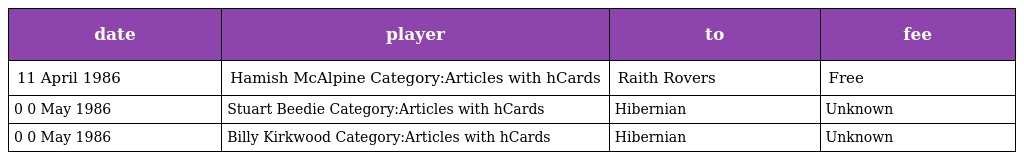
| date | player | to | fee |
 | --- | --- | --- | --- |
 | 11 April 1986 | Hamish McAlpine Category:Articles with hCards | Raith Rovers | Free |
 | 0 0 May 1986 | Stuart Beedie Category:Articles with hCards | Hibernian | Unknown |
 | 0 0 May 1986 | Billy Kirkwood Category:Articles with hCards | Hibernian | Unknown |